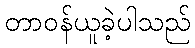
တာဝန်ယူခဲ့ပါသည်